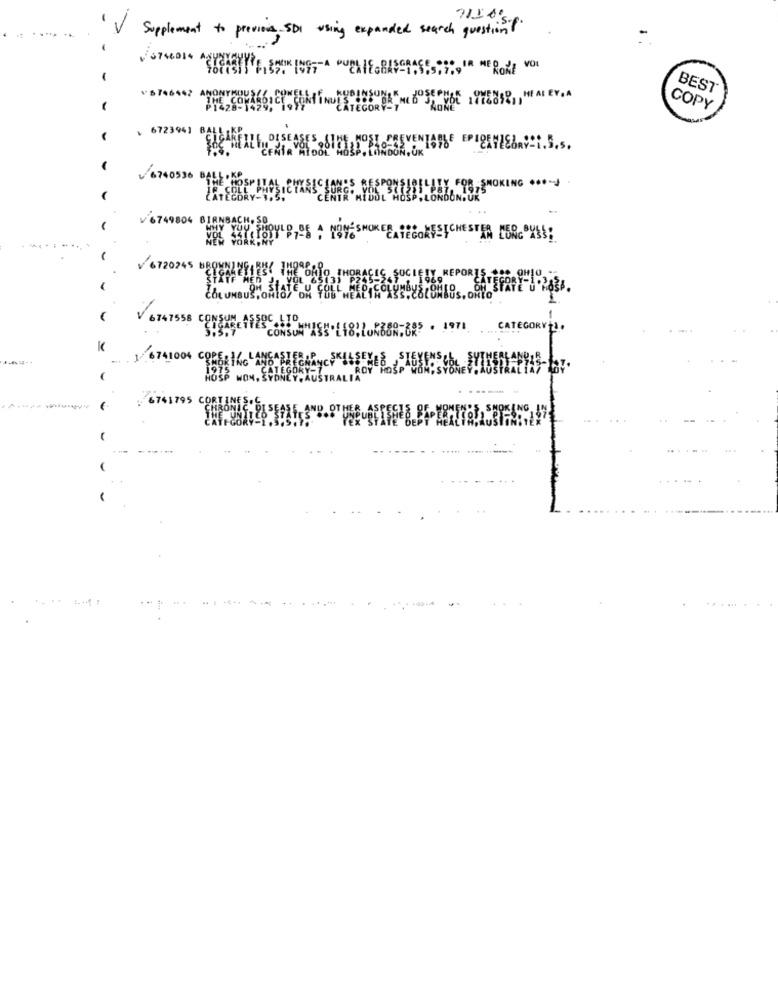
Supplement to previous SDI using expanded search question ? "
BEST
COPY
6723941
EROS,SMOKING .00-
V 6749804 BLANS
ORTS[CHESTER PERC USS;
....
V 6720245 BEPE
ELL UND
674755
TEGOR
6741004 COPEetc4
1833 MON. S
6741795